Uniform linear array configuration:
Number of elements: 8
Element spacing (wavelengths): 0.25
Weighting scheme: hamming
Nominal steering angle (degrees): -15
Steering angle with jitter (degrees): -14.604
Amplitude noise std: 0.05
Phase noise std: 0.05

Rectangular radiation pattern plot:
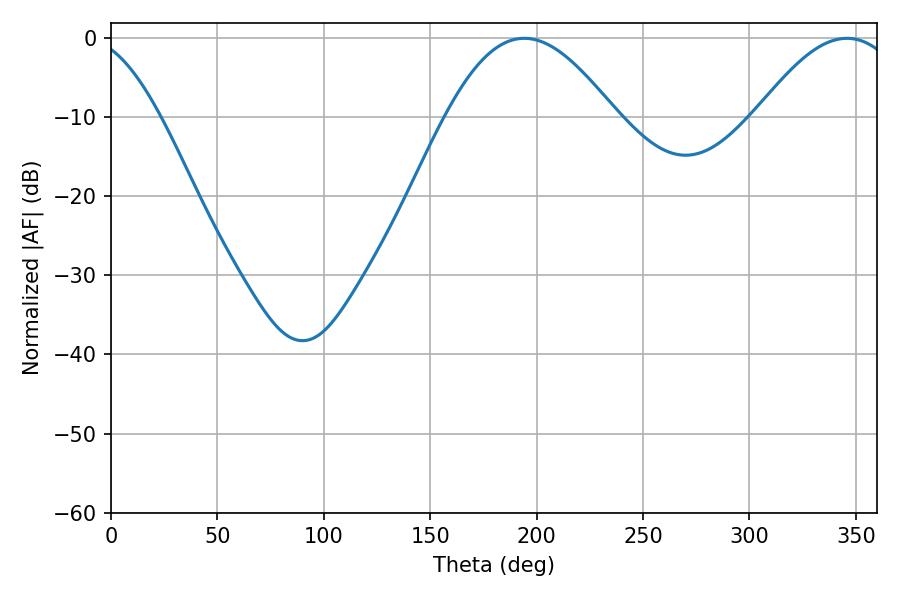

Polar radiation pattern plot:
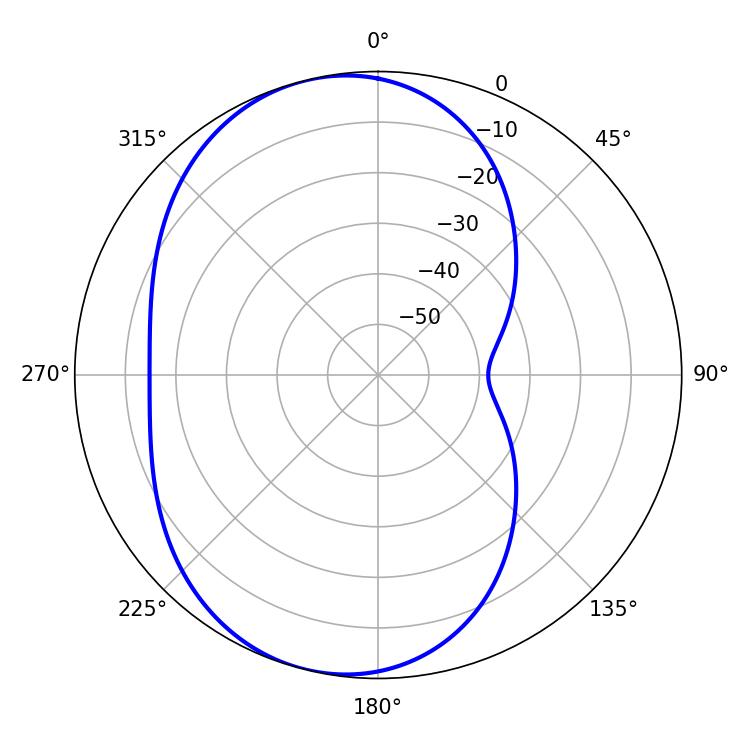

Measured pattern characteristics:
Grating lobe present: FALSE
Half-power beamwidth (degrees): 43.2
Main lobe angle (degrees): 194.22